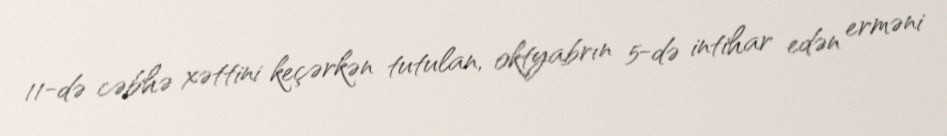
11-də cəbhə xəttini keçərkən tutulan, oktyabrın 5-də intihar edən erməni